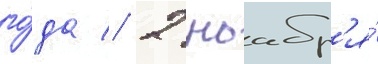
го́да // 2 ноабр'я́